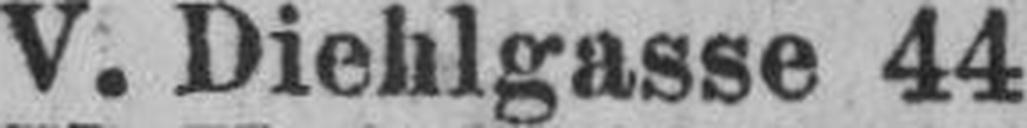
V. Diehlgasse 44